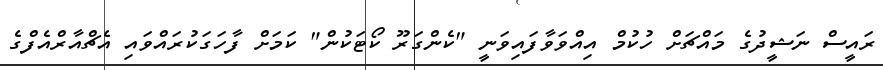
ރައީސް ނަޝީދުގެ މައްޗަށް ހުކުމް އިއްވަވާފައިވަނީ "ކެންގަރޫ ކޯޓަކުން" ކަމަށް ފާހަގަކުރައްވައި އެޗްއާރްއެފްގެ